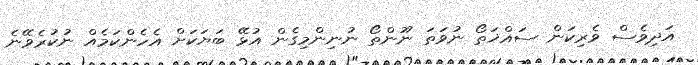
އަދިވެސް ވެރިކަން ސައްޚަތޯ ނުވަތަ ނޫންތޯ ނުނިންމިގެން އުޅޭ ބަޔަކަށް އެހެންކަމެއް ނުކުރެވޭނެ